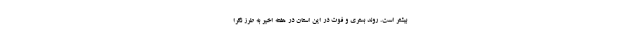
بیشتر است. روند بستری و فوت در این استان در هفته اخیر به طرز نگرا